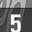
Digit: 5